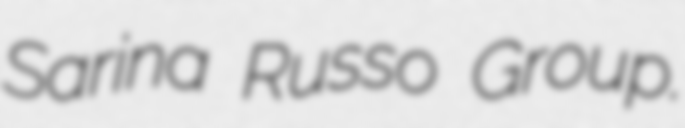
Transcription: Sarina Russo Group.